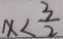
x < \frac { 3 } { 2 }